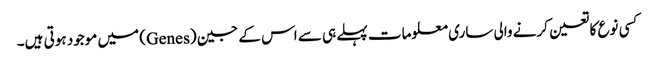
کسی نوع کا تعین کرنے والی ساری معلومات پہلے ہی سے اس کے جین (Genes) میں موجود ہوتی ہیں۔